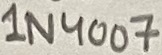
Text: 1N4007